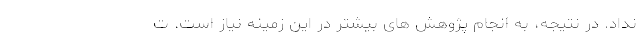
نداد. در نتیجه، به انجام پژوهش های بیشتر در این زمینه نیاز است. ت